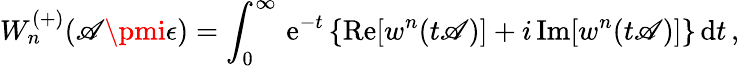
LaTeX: W_{n}^{(+)}(\mathscr{A}\pmi\epsilon)=\int_{0}^{\infty}\, \mathrm{{e}}^{-t}\, \{ \mathrm{{Re}}[w^{n}(t\mathscr{A})]+i\, \mathrm{{Im}}[w^{n}(t\mathscr{A})]\} \, \mathrm{{d}}t\, ,